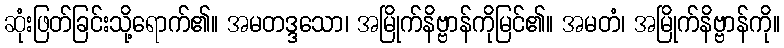
ဆုံးဖြတ်ခြင်းသို့ရောက်၏။ အမတဒ္ဒသော၊ အမြိုက်နိဗ္ဗာန်ကိုမြင်၏။ အမတံ၊ အမြိုက်နိဗ္ဗာန်ကို။